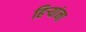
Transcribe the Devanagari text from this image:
हिर्‍यांना